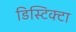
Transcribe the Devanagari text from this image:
डिस्टिक्टा